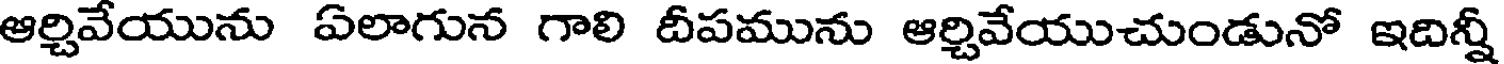
ఆర్చివేయును ఏలాగున గాలి దీపమును ఆర్చివేయుచుండునో ఇదిన్నీ